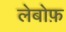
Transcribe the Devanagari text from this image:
लेबोफ़